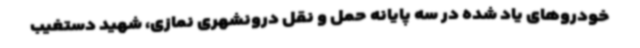
خودروهای یاد شده در سه پایانه حمل و نقل درونشهری نمازی، شهید دستغیب